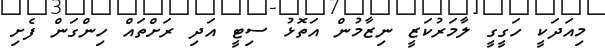
މިއަދަކީ ހަގީގީ ލާމަރުކަޒީ ނިޒާމުން އަތޮޅު ސިޓީ އަދި ރަށްތައް ހިންގަން ފެށި